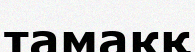
тамакқ